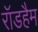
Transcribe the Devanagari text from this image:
रॉडहैम